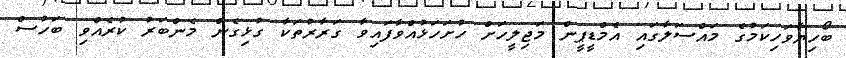
ބޯހިޔާވަހިކަމުގެ މައްސަލާގައި އެމްޑީޕީން މަޖިލީހަށް ހުށަހަޅުއްވާފައިވާ ގަރާރުތަކާ ގުޅިގެން މެންބަރު ކުރެއްވި ބަހުސް